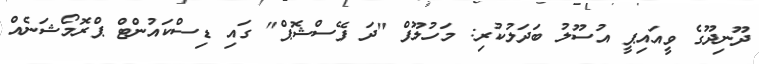
ދޫނިދޫގެ ވީއައިޕީ އުސޫލު ބަދަލުކުރި: މަހުލޫފް "ދަ ފޭސްޝޮޕް" ގައި ޑިސްކައުންޓް ޕްރޮމޯޝަނެއް